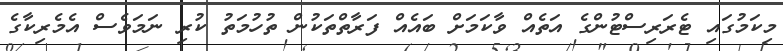
މިކަމުގައި ޓެރަރިސްޓުންގެ އަތެއް ވާކަމަށް ބައެއް ފަރާތްތަކުން ތުހުމަތު ކުރި ނަމަވެސް އެމެރިކާގެ